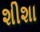
શીશા